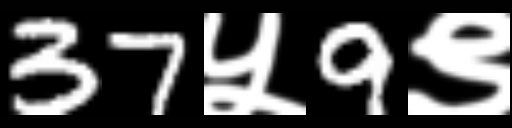
Text: 37५9९